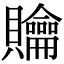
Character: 𧹊